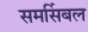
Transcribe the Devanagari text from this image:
समर्सिबल